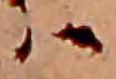
ハ